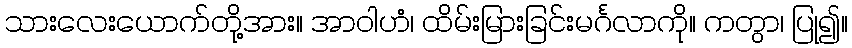
သားလေးယောက်တို့အား။ အာဝါဟံ၊ ထိမ်းမြားခြင်းမင်္ဂလာကို။ ကတွာ၊ ပြု၍။